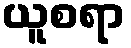
ယူစရာ